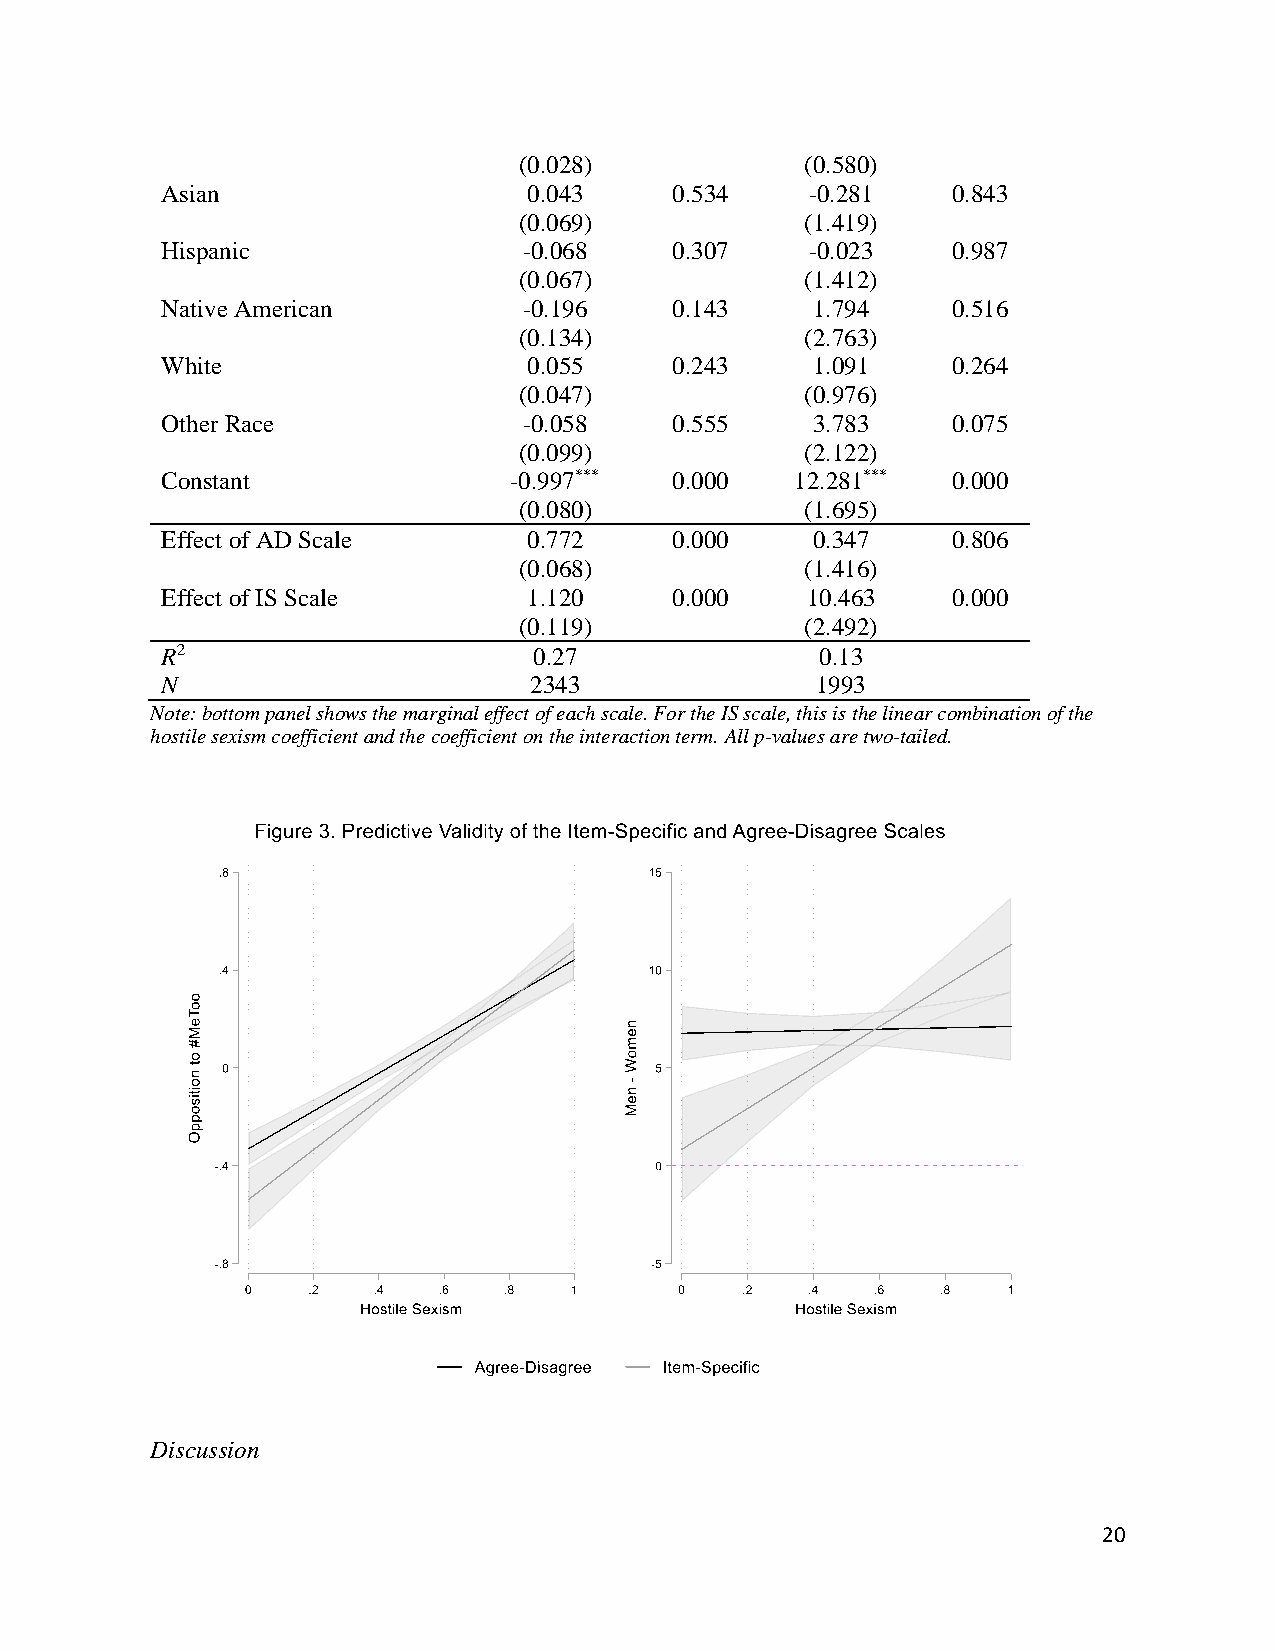
(0.028)            (0.580)
 Asian                   0.043     0.534    -0.281   0.843
 (0.069)            (1.419)
 Hispanic                -0.068    0.307    -0.023   0.987
 (0.067)            (1.412)
 Native American         -0.196    0.143    1.794    0.516
 (0.134)            (2.763)
 White                   0.055     0.243    1.091    0.264
 (0.047)            (0.976)
 Other Race              -0.058    0.555    3.783    0.075
 (0.099)            (2.122)
 Constant               -0.997***  0.000   12.281*** 0.000
 (0.080)            (1.695)
 Effect of AD Scale      0.772     0.000    0.347    0.806
 (0.068)            (1.416)
 Effect of IS Scale      1.120     0.000   10.463    0.000
 (0.119)            (2.492)
 R2                      0.27               0.13
 N                       2343               1993
 Note: bottom panel shows the marginal effect of each scale. For the IS scale, this is the linear combination of the
 hostile sexism coefficient and the coefficient on the interaction term. All p-values are two-tailed.
 Discussion
 20